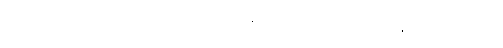
ဖရင့်က ဆွီလင်ကို တွဲခေါ်ရန် ရထားဆီသို့ ခပ်သုတ်သုတ် လျှောက်လာသည်။